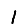
Digit: 1